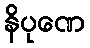
နိပုဏေ